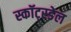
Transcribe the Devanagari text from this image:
स्कॉट्स्डेल